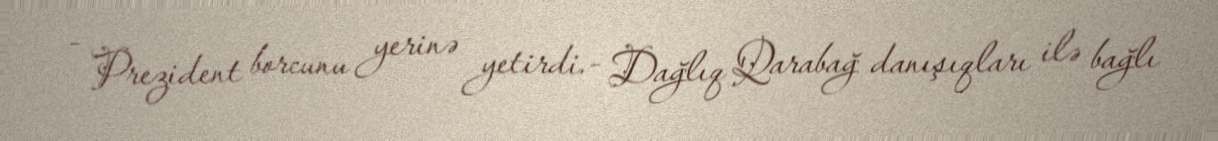
- Prezident borcunu yerinə yetirdi.- Dağlıq Qarabağ danışıqları ilə bağlı